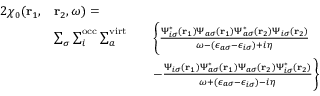
\begin{array} { r l r l } { { 2 } \chi _ { 0 } ( \mathbf { r } _ { 1 } , } & { \mathbf { r } _ { 2 } , \omega ) = } \\ & { \sum _ { \sigma } \sum _ { i } ^ { \mathrm { o c c } } \sum _ { a } ^ { \mathrm { v i r t } } } & & { \Biggl \{ \frac { \Psi _ { i \sigma } ^ { * } ( \mathbf { r } _ { 1 } ) \Psi _ { a \sigma } ( \mathbf { r } _ { 1 } ) \Psi _ { a \sigma } ^ { * } ( \mathbf { r } _ { 2 } ) \Psi _ { i \sigma } ( \mathbf { r } _ { 2 } ) } { \omega - ( \epsilon _ { a \sigma } - \epsilon _ { i \sigma } ) + i \eta } } \\ & { } & & { - \frac { \Psi _ { i \sigma } ( \mathbf { r } _ { 1 } ) \Psi _ { a \sigma } ^ { * } ( \mathbf { r } _ { 1 } ) \Psi _ { a \sigma } ( \mathbf { r } _ { 2 } ) \Psi _ { i \sigma } ^ { * } ( \mathbf { r } _ { 2 } ) } { \omega + ( \epsilon _ { a \sigma } - \epsilon _ { i \sigma } ) - i \eta } \Biggr \} } \end{array}